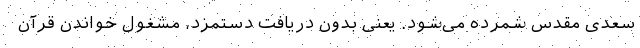
سعدی مقدس شمرده می‌شود. یعنی بدون دریافت دستمزد، مشغول خواندن قرآن